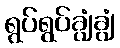
ရွပ်ရွပ်ချွံချွံ